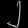
Digit: ၂